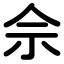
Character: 佘